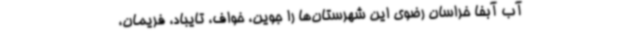
آب آبفا خراسان رضوی این شهرستان‌ها را جوین، خواف، تایباد، فریمان،